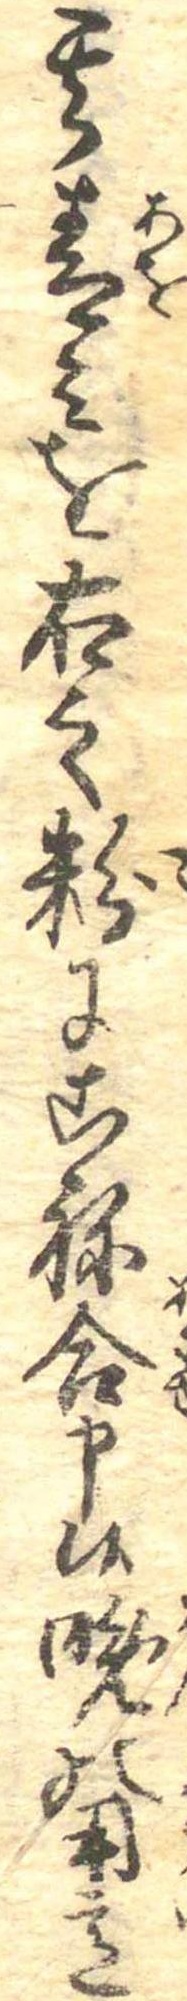
其青みを右之粉にこね合申候晩の用意